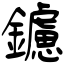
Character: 鑢